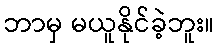
ဘာမှ မယူနိုင်ခဲ့ဘူး။